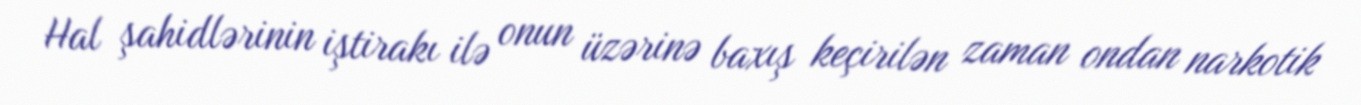
Hal şahidlərinin iştirakı ilə onun üzərinə baxış keçirilən zaman ondan narkotik